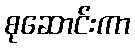
စုဆောင်းကာ